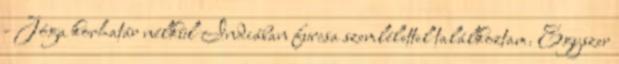
- Jóga korhatár nélkül Indiában furcsa szemlélettel találkoztam. Egyszer